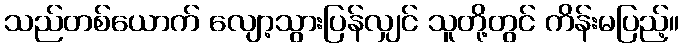
သည်တစ်ယောက် လျော့သွားပြန်လျှင် သူတို့တွင် ကိန်းမပြည့်။